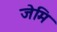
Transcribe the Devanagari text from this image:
जेमि